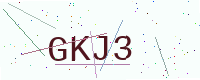
Text: GKJ3